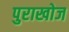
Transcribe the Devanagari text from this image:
पुराखोज